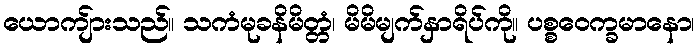
ယောကျ်ားသည်။ သကံမုခနိမိတ္တံ၊ မိမိမျက်နှာရိပ်ကို။ ပစ္စဝေက္ခမာနော၊